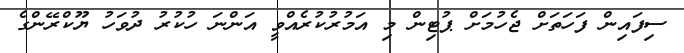
ސިފައިން ފަހަތަށް ޖެހުމަށް ޕުޓިން މި އަމުރުކުރެއްވީ އަންނަ ހުކުރު ދުވަހު ޔޫކްރޭންގެ